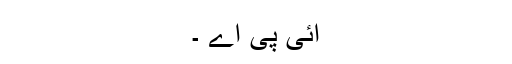
آئی پی اے ۔